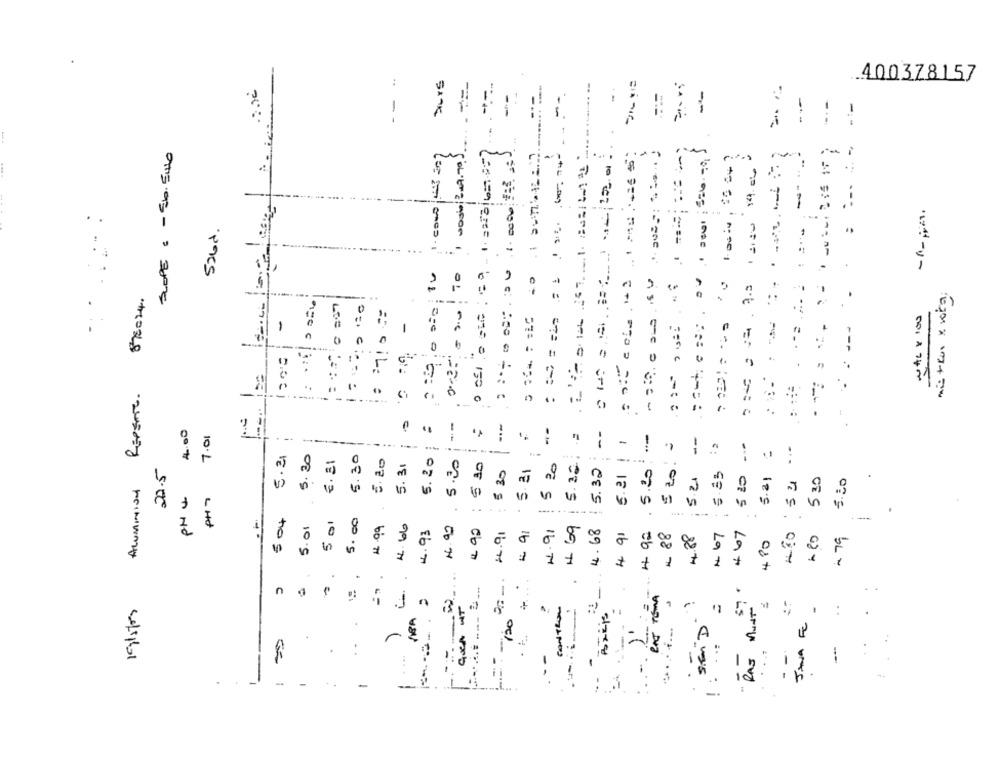
:
-
.400378157
-
--
---
==
-.-
-.-
- :-
SLOPE 6 - El. Sullo
:
----
...
Sand.
-
-
-.
-
0
-
mis+Run x vota
875024.
= = = = == 7
..
: : 7!0 = =
-
1
..
1200
11
=== =
Repsme .
0
17
1.
--
-
..
4.00
--
7.01
=
--
...
5.30
5.30
-
5.21 :
5.21
€ . 31
5.20
5.20
5.30
$ 10
5 Zo!
20.5
5.31
5 35
5. 21
5 20
5.32
5.32
5.20
6.21
6. 35
520
530
5.21
não 54
5.30
Aluminiod
PHU
PH7
504
501
1
5.01
5.0
4. 66
4.93
4.99
€ 90
4.91
# 69
4.68
:- 4 92
4.88
1 67
467
8
4.91
4 9'
# 88
4 PO
- 79
F
.
C
1
"SE"D'
"RAJ MUNT"
GOA WT
CONTROL
..
1
n
E
3
-120
:
.
.
. ...
JANA
:
.
.- -
-
-
:
-
.
-
-
-